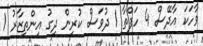
ވާހަކަ އާދޭސް 4 ހަފްތާ 1 ދުވަސް ކުރިން ދިގު އިންތިޒާރު 1